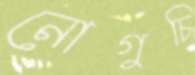
নোগুচি